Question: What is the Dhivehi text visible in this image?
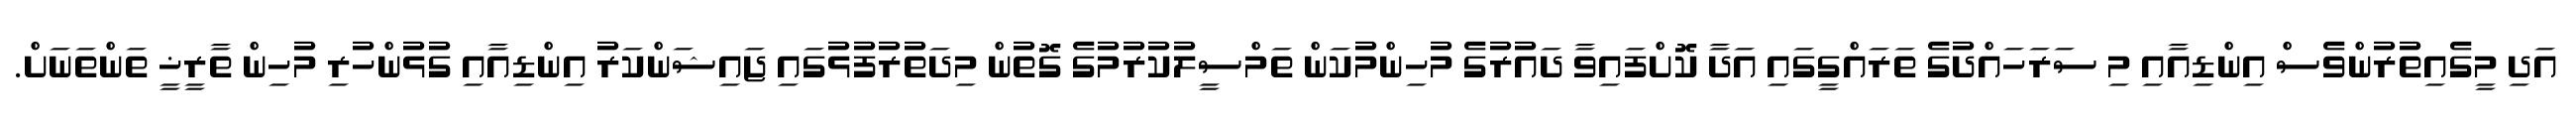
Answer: އަދި މީގެއިތުރުންވެސް އިންޑިއާއި މި ސަރަހައްދުގެ ތަރައްގީގައި އަދާ ކޮށްފައިވާ ދައުރުގެ މުހިންމުކަން ތަމްސީލުކުރުމުގެ ގޮތުން މިދަތުރުފުޅުގައި ޖައިޝަންކަރު އިންޑިއާއި ގުޅުންހުރި މުހިން ތާރީޚީ ތަންތަނަށް.